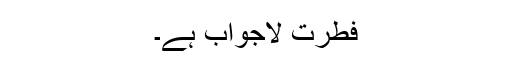
فطرت لاجواب ہے۔